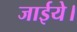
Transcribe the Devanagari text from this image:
जाईये।